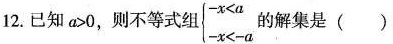
12.已知a>0，则不等式组$$ \begin{cases} - x < a \\ \\ - x < - a \end{cases} $$的解集是（）